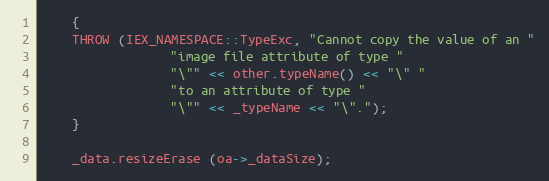
Language: C++
    {
	THROW (IEX_NAMESPACE::TypeExc, "Cannot copy the value of an "
			     "image file attribute of type "
			     "\"" << other.typeName() << "\" "
			     "to an attribute of type "
			     "\"" << _typeName << "\".");
    }

    _data.resizeErase (oa->_dataSize);